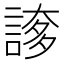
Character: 𧩫